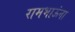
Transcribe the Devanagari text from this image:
रामभाऊंना